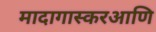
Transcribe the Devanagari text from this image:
मादागास्करआणि